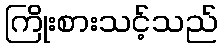
ကြိုးစားသင့်သည်